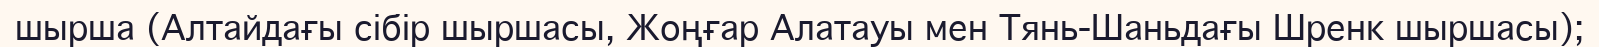
шырша (Алтайдағы сібір шыршасы, Жоңғар Алатауы мен Тянь-Шаньдағы Шренк шыршасы);